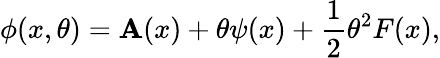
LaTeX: \phi(x,\theta)=\mathbf{A}(x)+\theta\psi(x)+{\frac{{1}}{{2}}}\theta^{2}F(x),